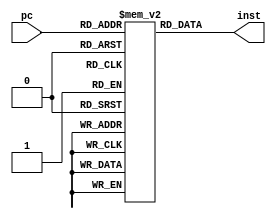
module inst_mem(pc, inst);
  input [9:0] pc;
  output reg [31:0] inst;
  
  reg [31:0] i_mem [1023:0];
  
  initial begin
    i_mem[0] = 32'b0_00_100111_0010_0001_0000_00000000000; //andp p2, p1, p0
    //i_mem[0] = 32'h09380000;
    //i_mem[1] = 32'b0_00_101100_0011_0000_0000_00000000000; //iszero p3, r0
    i_mem[1] = 32'b1_11_101100_0011_0000_0000_00000000000; //iszero p3, r0
    i_mem[2] = 32'b0_00_100011_0001_0000_000000000000000; //ld r1, r0, 0
    i_mem[3] = 32'b0_00_100100_0010_0000_000000000000000; //st r2, r0, 0
    i_mem[4] = 32'b0_00_100101_0011_0000000000000000011; //ldi r3, 3
    i_mem[5] = 32'b0_00_000101_0100_0000_000000000000000; //neg r4, r0
    i_mem[6] = 32'b0_00_000110_0101_0000_000000000000000; //not r5, r0
    i_mem[7] = 32'b0_00_010100_0110_0000_000000000000110; //addi r6, r0, 6
    i_mem[8] = 32'b0;
    i_mem[9] = 32'b0;
    i_mem[10] = 32'b0;
    i_mem[11] = 32'b0;
    i_mem[12] = 32'b0;
    i_mem[13] = 32'b0_00_001010_0111_0110_0001_00000000000; //add r7, r6, r1
    i_mem[14] = 32'b0;
    i_mem[15] = 32'b0;
    i_mem[16] = 32'b0;
    i_mem[17] = 32'b0;
    i_mem[18] = 32'b0;
    i_mem[19] = 32'b0;
    //i_mem[20] = 32'b0_00_000101_0100_0111_000000000000000; //neg r4, r7
    //i_mem[20] = 32'b1_01_000101_0100_0111_000000000000000; //neg r4, r7
    i_mem[20] = 32'b1_11_000101_0100_0111_000000000000000; //neg r4, r7
  end
  
  always @(*) begin
    //inst <= {i_mem[pc+3], i_mem[pc+2], i_mem[pc+1], i_mem[pc]};
    inst <= i_mem[pc];
  end
endmodule

module inst_cache(rst, clk, pc_n, inst);
  input rst;
  input clk;
  output [31:0] pc_n;
  output [31:0] inst;
  
  wire [31:0] pc_cur;
  reg [31:0] pc_r;
  
  assign pc_n = pc_r + 1;
  assign pc_cur = pc_r + 1;
  
  always @(posedge clk) begin
    if (rst) begin
        pc_r <= 0;
    end else begin
        pc_r <= pc_cur;
    end
  end
  
  inst_mem i_mem(.pc(pc_r[9:0]), .inst(inst));
endmodule
/*
module inst_cache(rst, clk, is_jmp, pc_jmp, pc_n, inst);
  input rst;
  input clk;
  input is_jmp;
  input [31:0] pc_jmp;
  output [31:0] pc_n;
  output [31:0] inst;
  
  wire [31:0] pc_cur;
  reg [31:0] pc_r;
  
  assign pc_n = pc_r + 1;
  assign pc_cur = (is_jmp == 0) ? pc_r + 1 : pc_jmp;
  
  always @(posedge clk) begin
    if (rst) begin
        pc_r <= 0;
    end else begin
        pc_r <= pc_cur;
    end
  end
  
  inst_mem i_mem(.pc(pc_r[9:0]), .inst(inst));
endmodule
*/